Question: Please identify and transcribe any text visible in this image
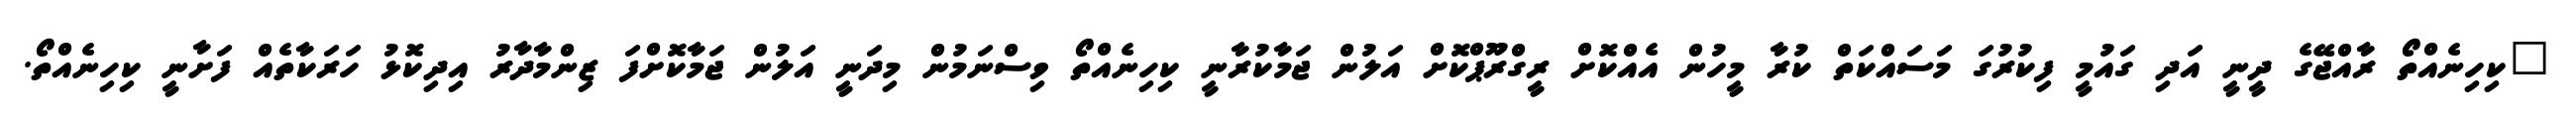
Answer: "ކިހިނެއްތޯ ރާއްޖޭގެ ދީނީ އަދި ގައުމީ ފިކުރުގަ މަސައްކަތް ކުރާ މީހުން އެއްކޮށް ރީގްރޫޕްކޮށް އަލުން ޖަމާކުރާނީ ކިހިނެއްތޯ ވިސްނަމުން މިދަނީ އަލުން ޖަމާކޮށްފަ ޒިންމާދާރު އިދިކޮޅު ހަރަކާތެއް ފަށާނީ ކިހިނެއްތޯ.